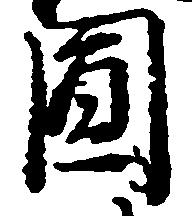
円